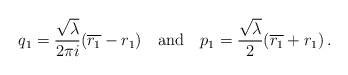
\begin{align*}q_1= {\sqrt\lambda\over 2\pi i}(\overline{r_1}-r_1)\ \ \ {\rm and}\ \ \ p_1={\sqrt{\lambda}\over 2}(\overline{r_1}+r_1)\, .\end{align*}